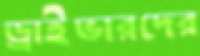
ড্রাইভারদের